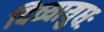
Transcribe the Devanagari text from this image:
दिव्यायुधः